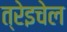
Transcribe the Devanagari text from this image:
त्रेइचेल